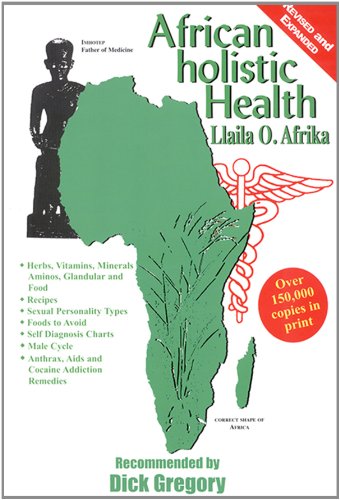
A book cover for African Holistic Health; Llaila Afrika; Health, Fitness & Dieting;